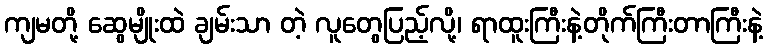
ကျမတို့ ဆွေမျိုးထဲ ချမ်းသာ တဲ့ လူတွေပြည့်လို့၊ ရာထူးကြီးနဲ့တိုက်ကြီးတာကြီးနဲ့